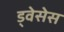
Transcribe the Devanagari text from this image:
ड्वेसेस